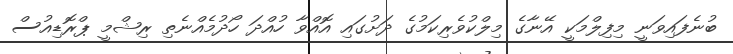
ބުނެފައިވަނީ މިފިލްމަކީ އޭނާގެ މިލްކުވެރިކަމުގެ ދަށުގައި އޮއްވާ ހުއްދަ ހޯދުމެއްނެތި ރިޝްމީ ޕްރޮޑިއުސް